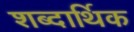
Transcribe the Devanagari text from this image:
शब्दार्थिक